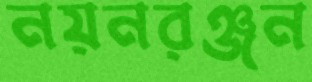
নয়নরঞ্জন